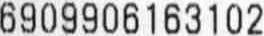
6909906163102